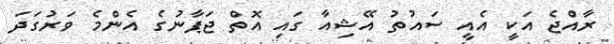
ރާއްޖެ އަކީ އެއީ ސައުތު އޭޝިއާ ގައި އޮތް ޖަޕާނުގެ އެންމެ ވަރުގަދަ